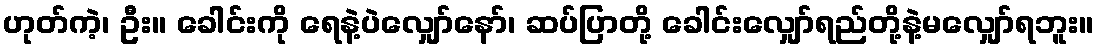
ဟုတ်ကဲ့၊ ဦး။ ခေါင်းကို ရေနဲ့ပဲလျှော်နော်၊ ဆပ်ပြာတို့ ခေါင်းလျှော်ရည်တို့နဲ့မလျှော်ရဘူး။